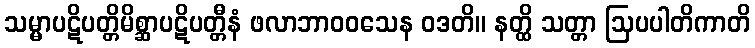
သမ္မာပဋိပတ္တိမိစ္ဆာပဋိပတ္တီနံ ဖလာဘာဝဝသေန ဝဒတိ။ နတ္ထိ သတ္တာ ဩပပါတိကာတိ